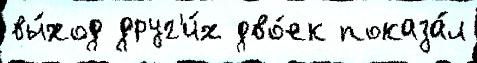
вы́ход друг'и́х дво́ек показа́л